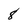
Character: 8